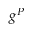
g ^ { P }